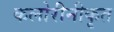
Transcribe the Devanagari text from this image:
कलोरीनीकृत